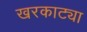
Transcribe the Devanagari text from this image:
खरकाट्या